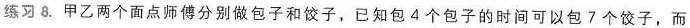
练习 8. 甲乙两个面点师傅分别做包子和饺子，已知包4个包子的时间可以包7个饺子，而